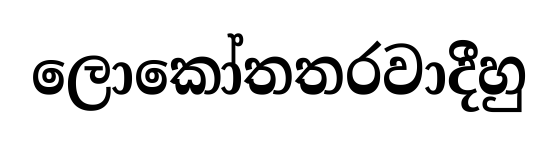
ලොකෝතතරවාදීහු